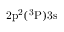
\mathrm { 2 p ^ { 2 } ( ^ { 3 } P ) 3 s }